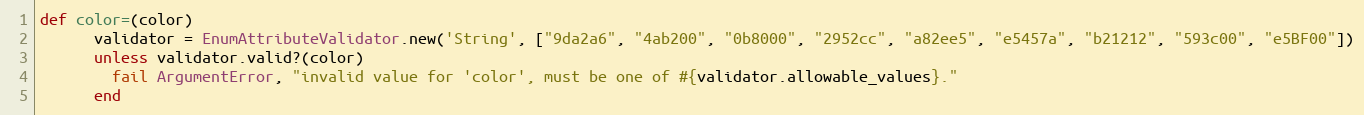
Language: Ruby
def color=(color)
      validator = EnumAttributeValidator.new('String', ["9da2a6", "4ab200", "0b8000", "2952cc", "a82ee5", "e5457a", "b21212", "593c00", "e5BF00"])
      unless validator.valid?(color)
        fail ArgumentError, "invalid value for 'color', must be one of #{validator.allowable_values}."
      end